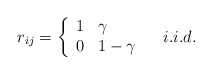
\begin{align*}r_{ij} = \left\{\begin{array}{ll}1 & \gamma \\0 & 1-\gamma\end{array}\right.\ \ \ i.i.d.\end{align*}